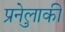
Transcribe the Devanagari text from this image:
प्रुनेलाकी